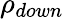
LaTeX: \rho_{down}